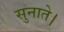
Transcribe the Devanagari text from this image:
सुनाते।